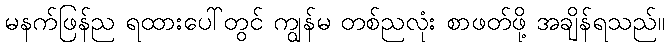
မနက်ဖြန်ည ရထားပေါ်တွင် ကျွန်မ တစ်ညလုံး စာဖတ်ဖို့ အချိန်ရသည်။